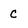
Character: C